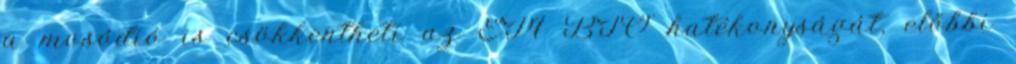
a mosódió is csökkentheti az EM BIO hatékonyságát, előbbi